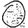
Digit: 0